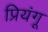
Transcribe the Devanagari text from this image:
प्रियंगू